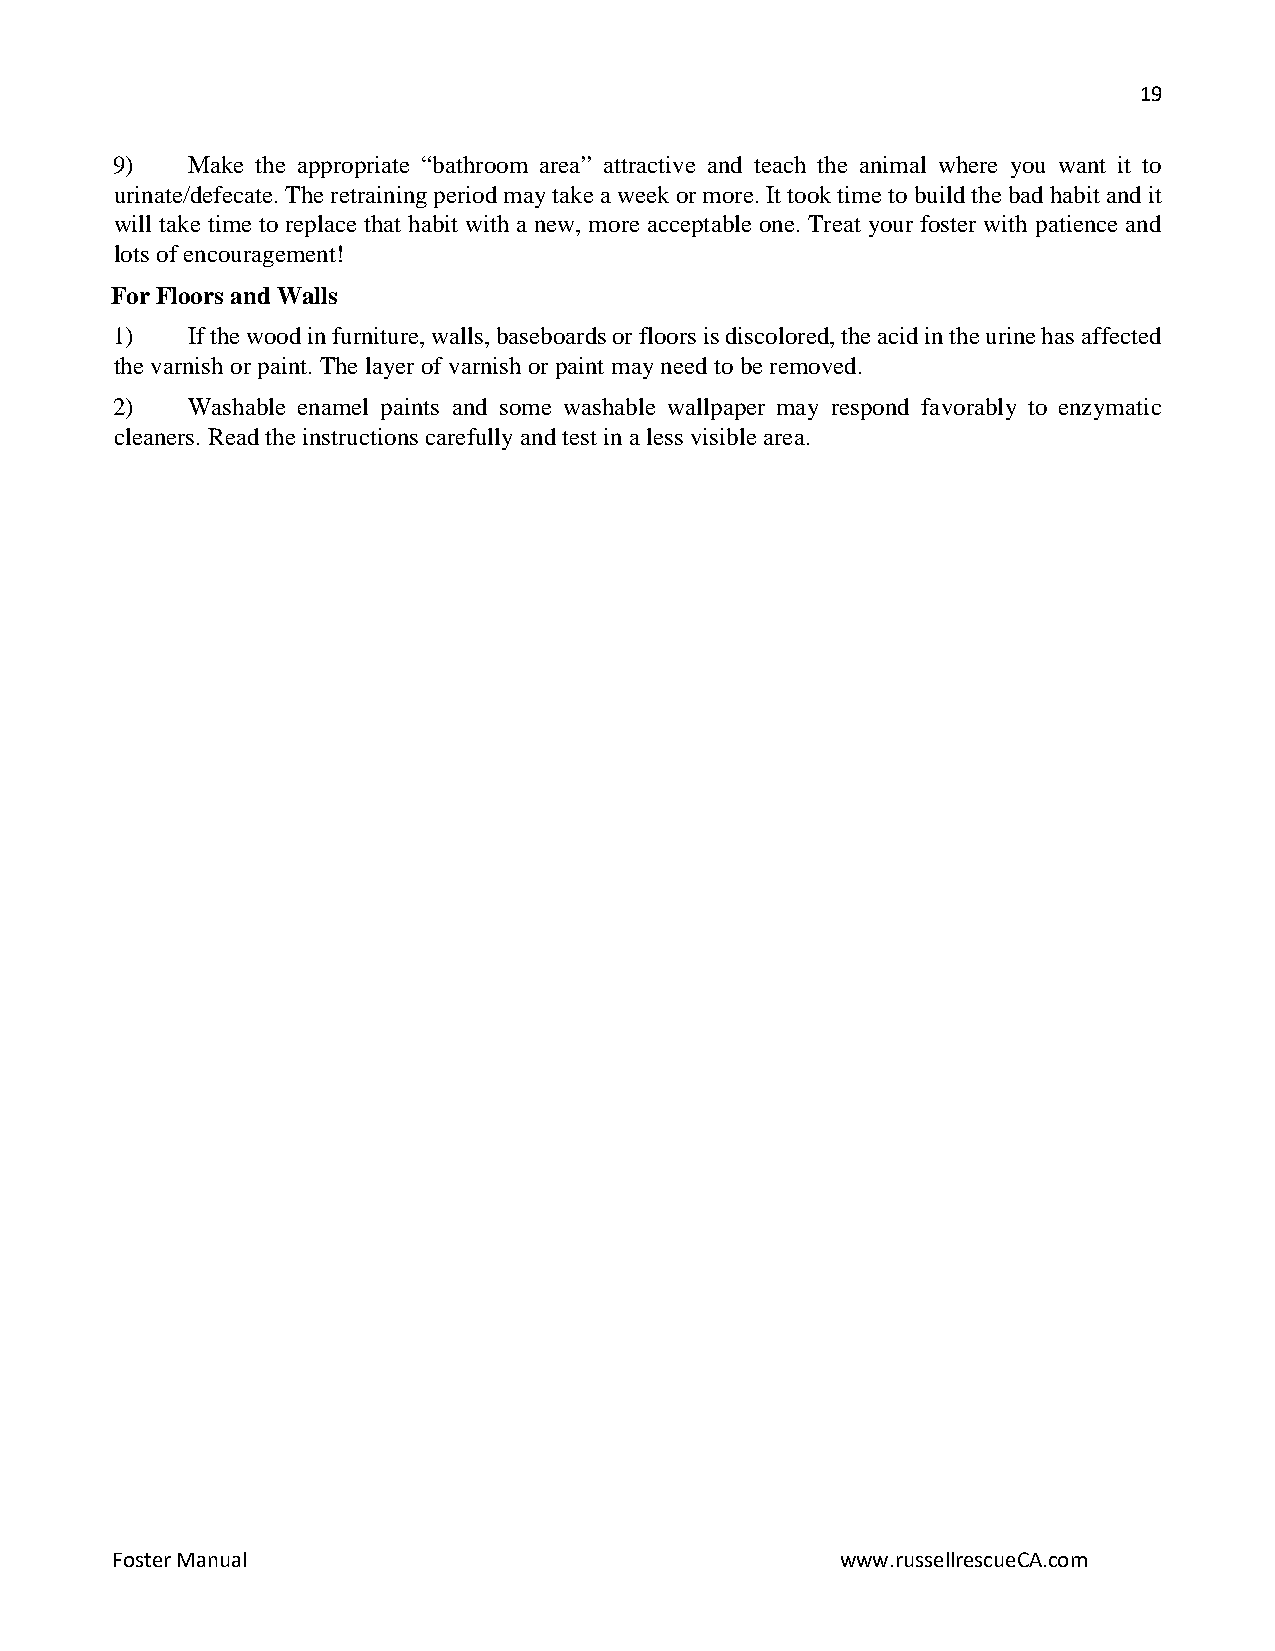
19
 9)   Make the appropriate “bathroom area” attractive and teach the animal where you want it to
 urinate/defecate. The retraining period may take a week or more. It took time to build the bad habit and it
 will take time to replace that habit with a new, more acceptable one. Treat your foster with patience and
 lots of encouragement!
 For Floors and Walls
 1)   If the wood in furniture, walls, baseboards or floors is discolored, the acid in the urine has affected
 the varnish or paint. The layer of varnish or paint may need to be removed.
 2)   Washable enamel paints and some washable wallpaper may respond favorably to enzymatic
 cleaners. Read the instructions carefully and test in a less visible area.
 Foster Manual                                    www.russellrescueCA.com